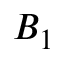
B _ { 1 }